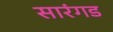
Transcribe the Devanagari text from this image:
सारंगड